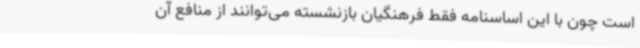
است چون با این اساسنامه فقط فرهنگیان بازنشسته می‌توانند از منافع آن